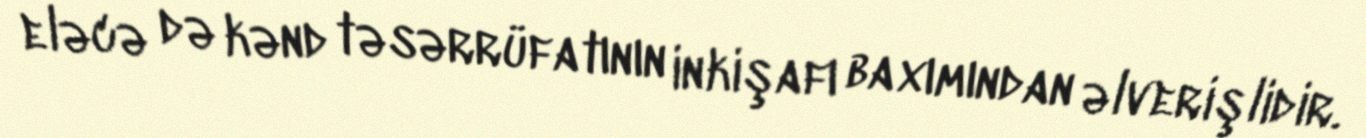
eləcə də kənd təsərrüfatının inkişafı baxımından əlverişlidir.